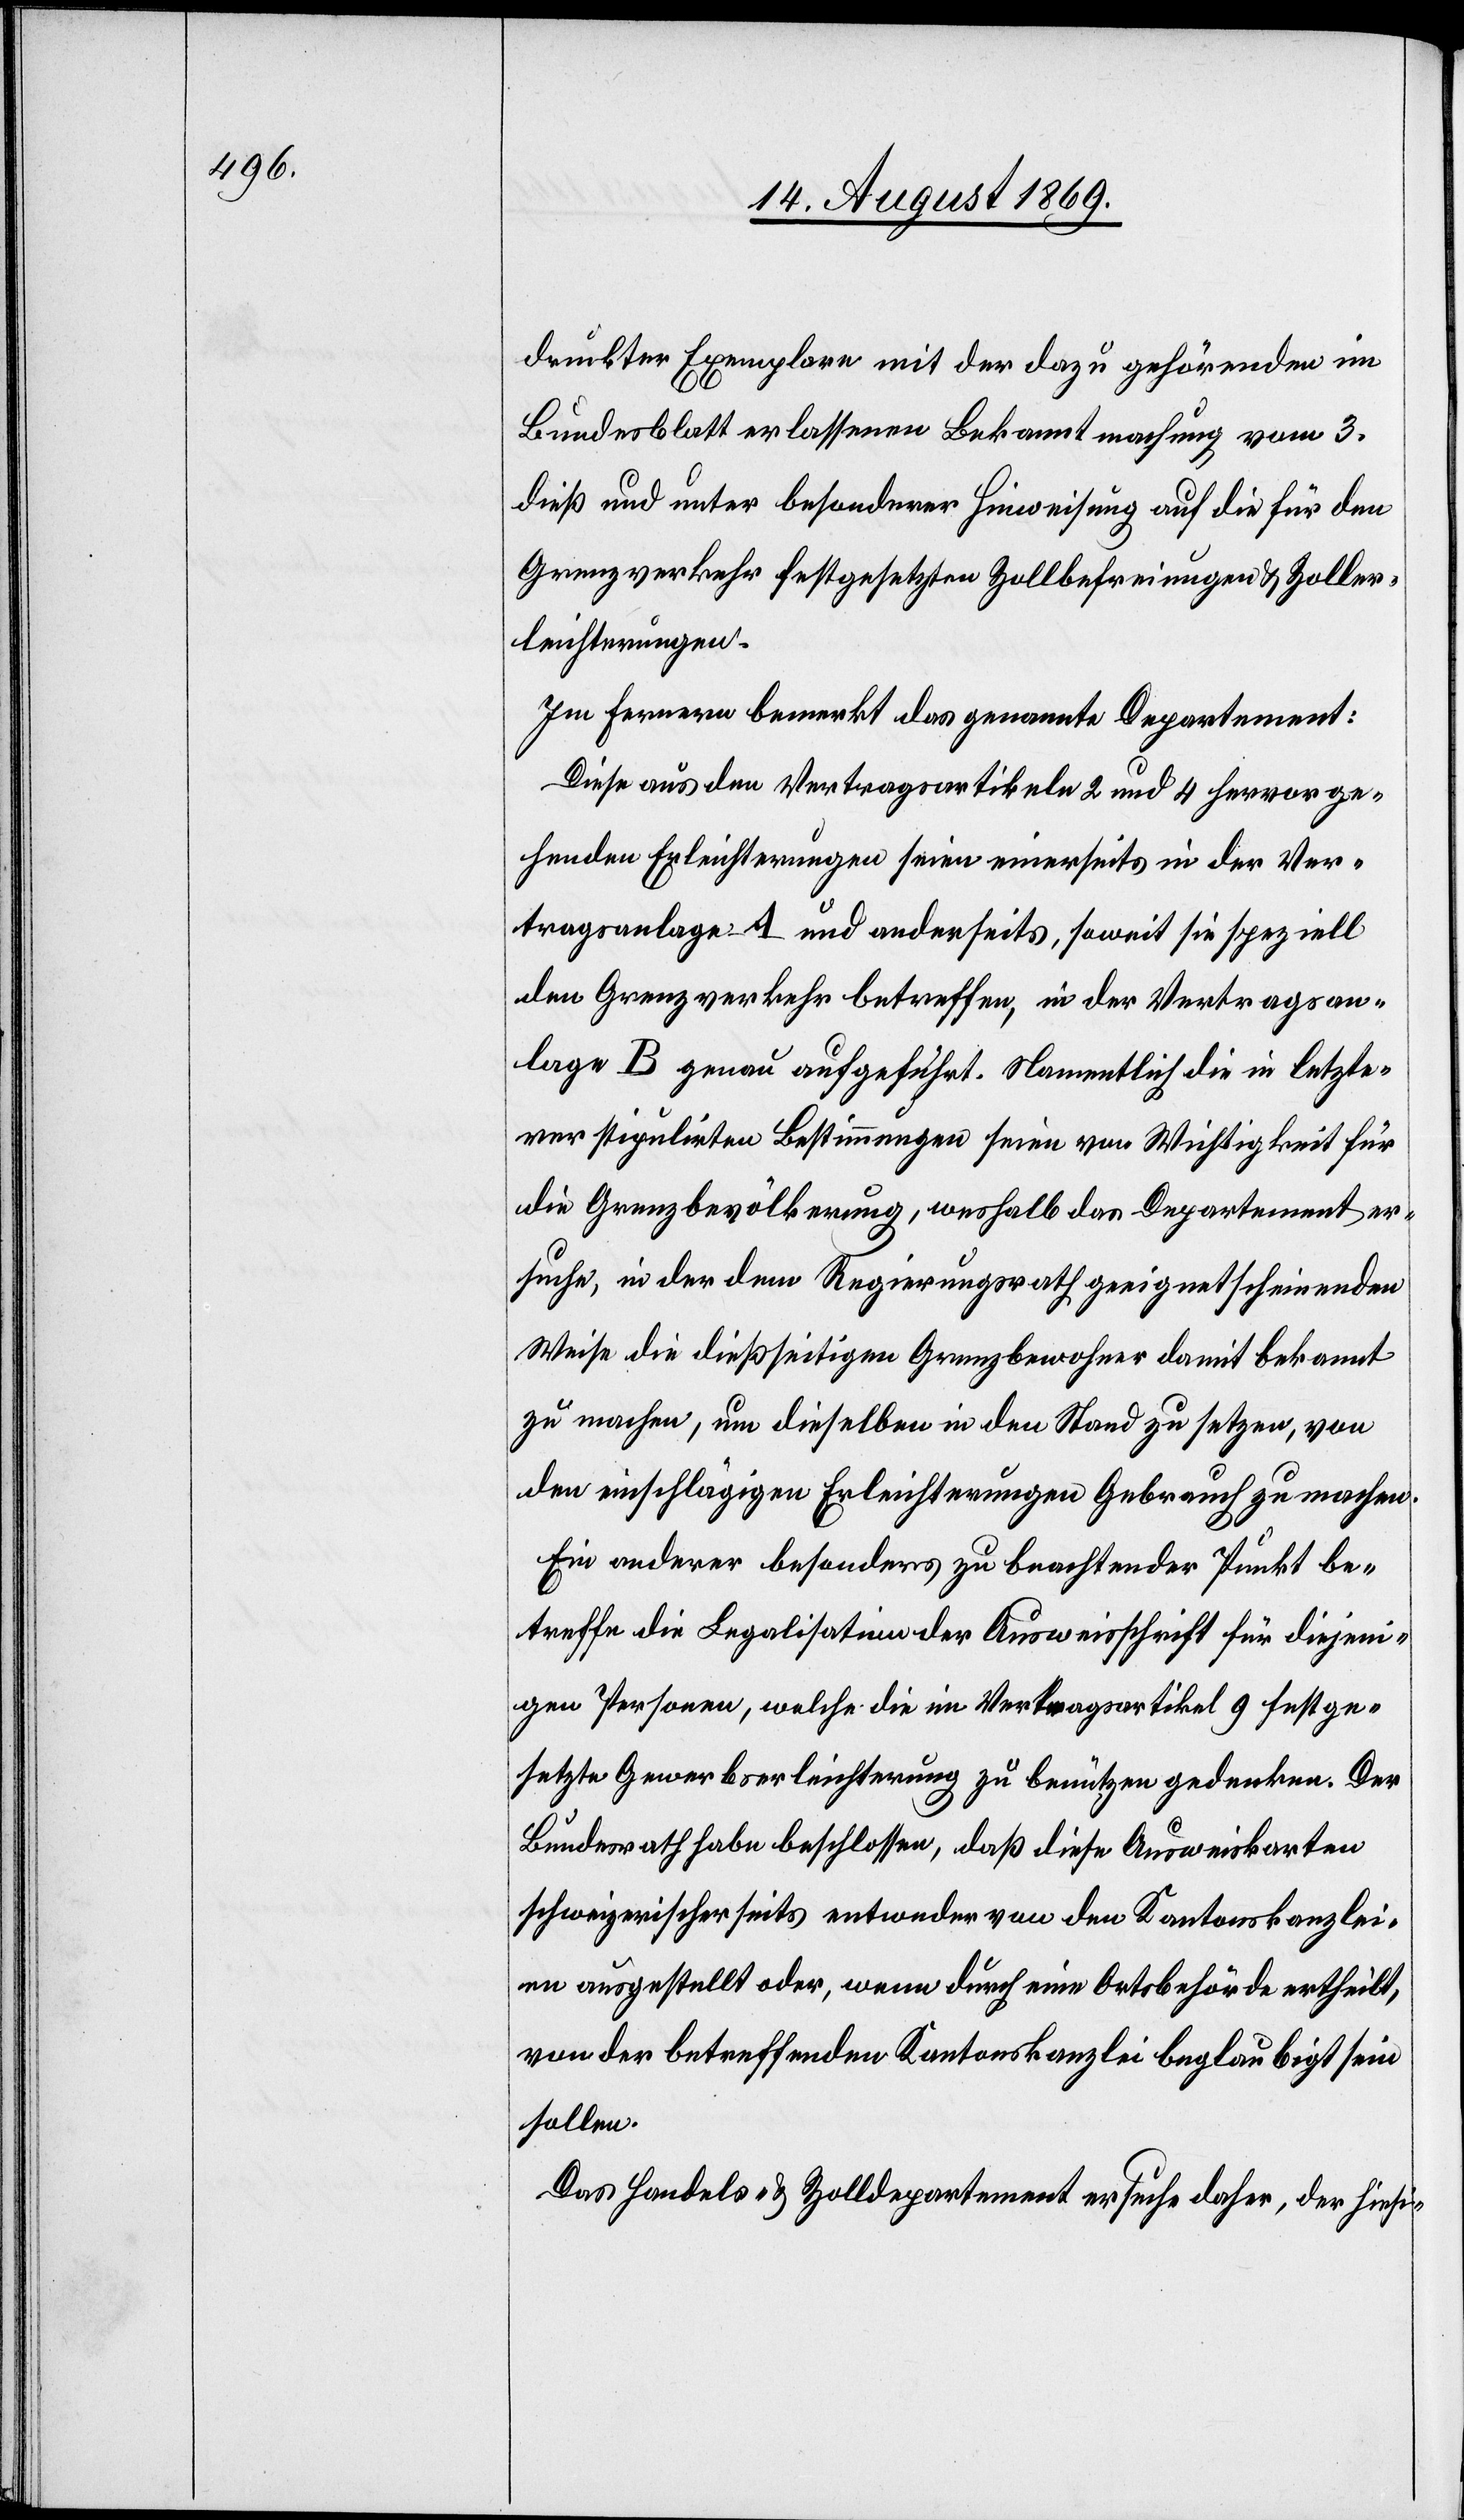
druckter Exemplare mit der dazu gehörenden im
Bundesblatt erlassenen Bekanntmachung vom 3.
dieß und unter besonderer Hinweisung auf die für den
Grenzverkehr festgesetzten Zollbefreiungen & Zoller¬
leichterungen.
Im Fernern bemerkt das genannte Departement:
Diese aus den Vertragsartikeln 2 und 4 hervorge¬
henden Erleichterungen seien einerseits in der Ver¬
tragsanlage A und anderseits, soweit sie speziell
den Grenzverkehr betreffen, in der Vertragsan¬
lage B genau aufgeführt. Namentlich die in letzte¬
rer stipulirten Bestimmungen seien von Wichtigkeit für
die Grenzbevölkerung, weshalb das Departement er¬
suche, in der dem Regierungsrath geeignet scheinenden
Weise die dießseitigen Grenzbewohner damit bekannt
zu machen, um dieselben in den Stand zu setzen, von
den einschlägigen Erleichterungen Gebrauch zu machen.
Ein anderer besonders zu beachtender Punkt be¬
treffe die Legalisation der Ausweisschrift für diejeni¬
gen Personen, welche die im Vertragsartikel 9 festge¬
setzte Gewerbserleichterung zu benützen gedenken. Der
Bundesrath habe beschlossen, daß diese Ausweiskarten
schweizerischerseits entweder von den Kantonskanzlei¬
en ausgestellt oder, wenn durch eine Ortsbehörde ertheilt,
von der betreffenden Kantonskanzlei beglaubigt sein
sollen.
Das Handels- & Zolldepartement ersuche daher, der hiesi-